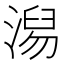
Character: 𣺅